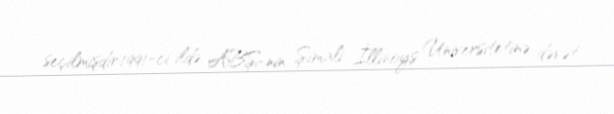
seçilmişdir.1991-ci ildə ABŞ-nin Şimali İllinoys Universitetinə dəvət